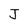
Character: J